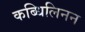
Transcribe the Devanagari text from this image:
कब्धिलिनन